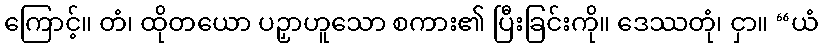
ကြောင့်။ တံ၊ ထိုတယော ပဉှာဟူသော စကား၏ ပြီးခြင်းကို။ ဒေဿတုံ၊ ငှာ။ “ယံ